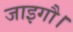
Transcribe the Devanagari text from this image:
जाइगौ।